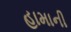
હામાની